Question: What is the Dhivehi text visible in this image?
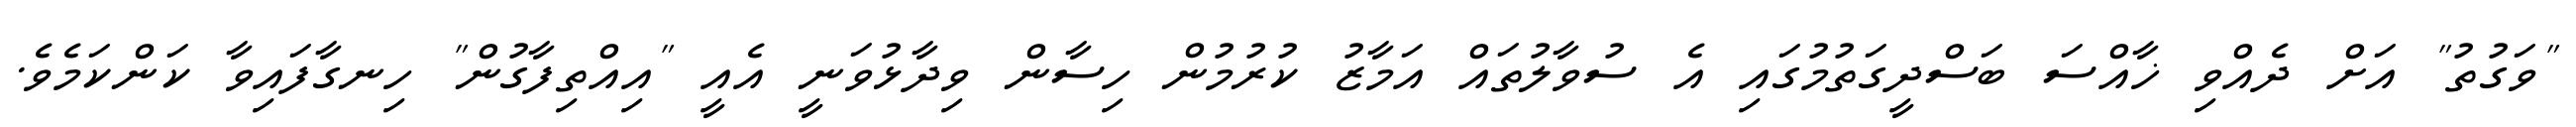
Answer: "ވަގުތު" އަށް ދެއްވި ޚާއްސަ ބަސްދީގަތުމުގައި އެ ސުވާލުތައް އަމާޒު ކުރުމުން ހިސާން ވިދާޅުވަނީ އެއީ "އިއްތިފާގުން" ހިނގާފައިވާ ކަންކަމެވެ.